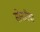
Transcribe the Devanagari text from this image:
सोनारीचा